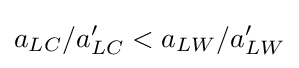
a_{LC}/a'_{LC}<a_{LW}/a'_{LW}